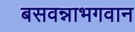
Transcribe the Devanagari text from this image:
बसवन्नाभगवान